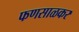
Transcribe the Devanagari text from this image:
फणसाळकर